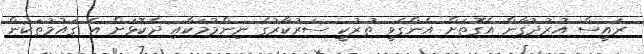
ރައީސް އުރުދުގާން އެގޮތަށް އެންގެވީ ތުރުކީ ސަރުކާރުގެ ނިންމުމަކާއި ދެކޮޅަށް އެ ގައުމުތަކުން